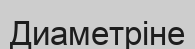
Диаметріне